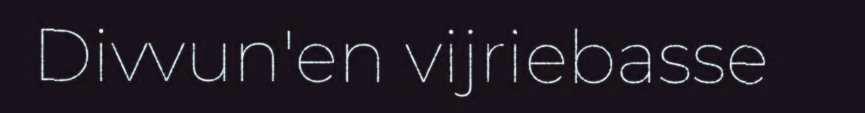
Divvun'en vijriebasse